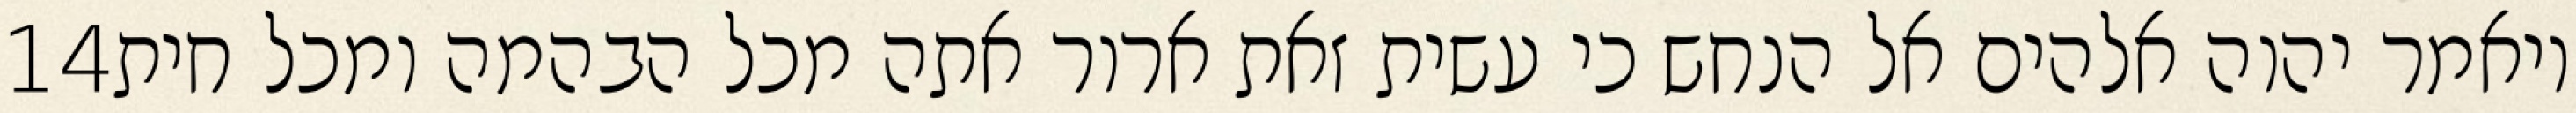
‎14‏ ויאמר יהוה אלהים אל הנחש כי עשית זאת ארור אתה מכל הבהמה ומכל חית